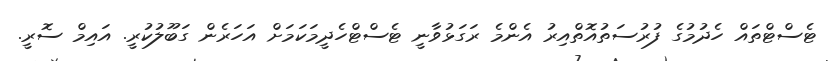
ޓެސްޓްތައް ހެދުމުގެ ފުރުސަތުއޮތްއިރު އެންމެ ރަގަޅުވާނީ ޓެސްޓްހެދީމަކަމަށް އަހަރެން ގަބޫލުކުރީ. އައިމް ސޮރީ.